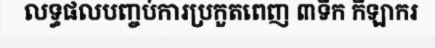
លទ្ធផលបញ្ចប់ការប្រកួតពេញ ៣ទឹក កីឡាករ